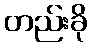
တည်းခို